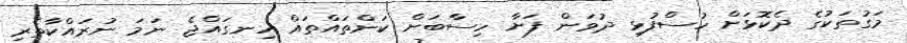
މަގުތަކުގެ ދެކޮޅަށް ހުސްފުޅި ދުވަން ފަށާ ހިސާބަށް ކަންތައްތައް ހިނގައްޖެ ނަމަ ނުރައްކާތެރި